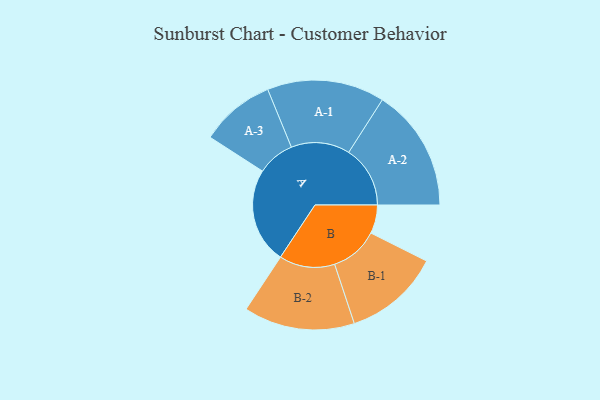
{"axis": {"x": "Segment", "y": "Value"}, "legend": ["", "A", "B"], "data": [{"x": "A", "y": 389, "type": ""}, {"x": "B", "y": 116, "type": ""}, {"x": "A-1", "y": 239, "type": "A"}, {"x": "A-2", "y": 250, "type": "A"}, {"x": "A-3", "y": 152, "type": "A"}, {"x": "B-1", "y": 196, "type": "B"}, {"x": "B-2", "y": 226, "type": "B"}]}